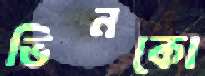
ভিনকো